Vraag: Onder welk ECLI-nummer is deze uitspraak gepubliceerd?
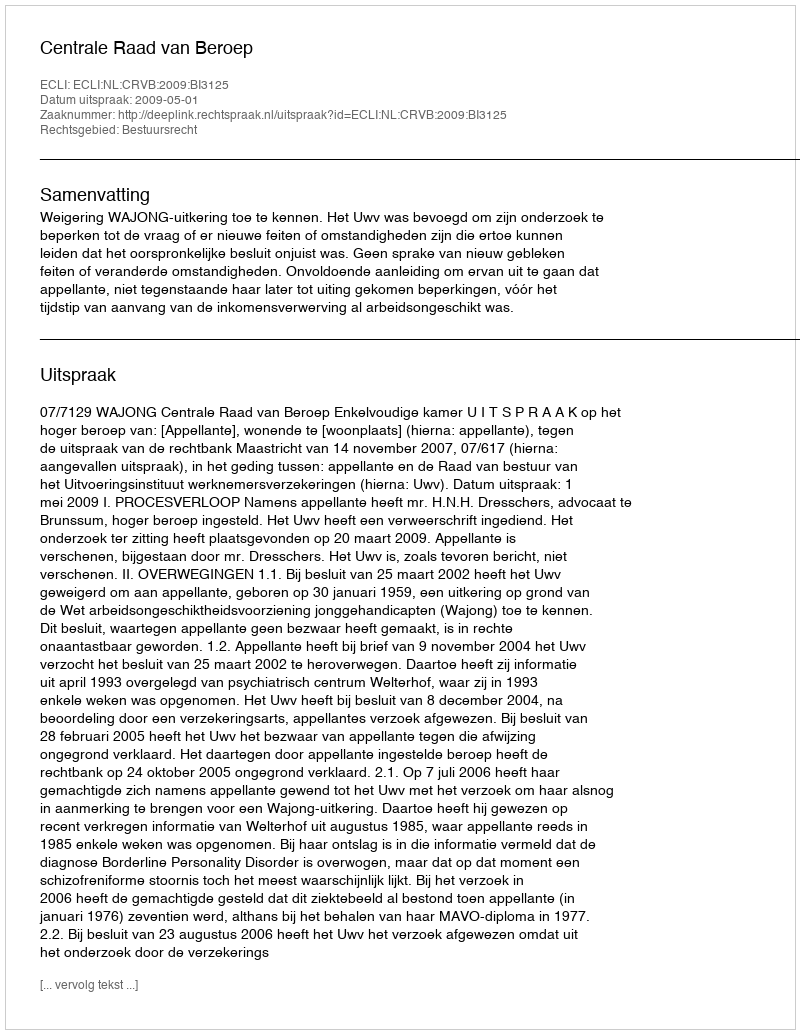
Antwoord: ECLI:NL:CRVB:2009:BI3125